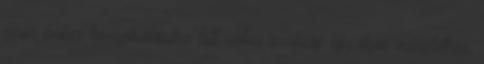
száz ember konspirálására lett volna szükség egy ilyen művelethez,